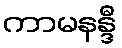
ကာမနန္ဒီ